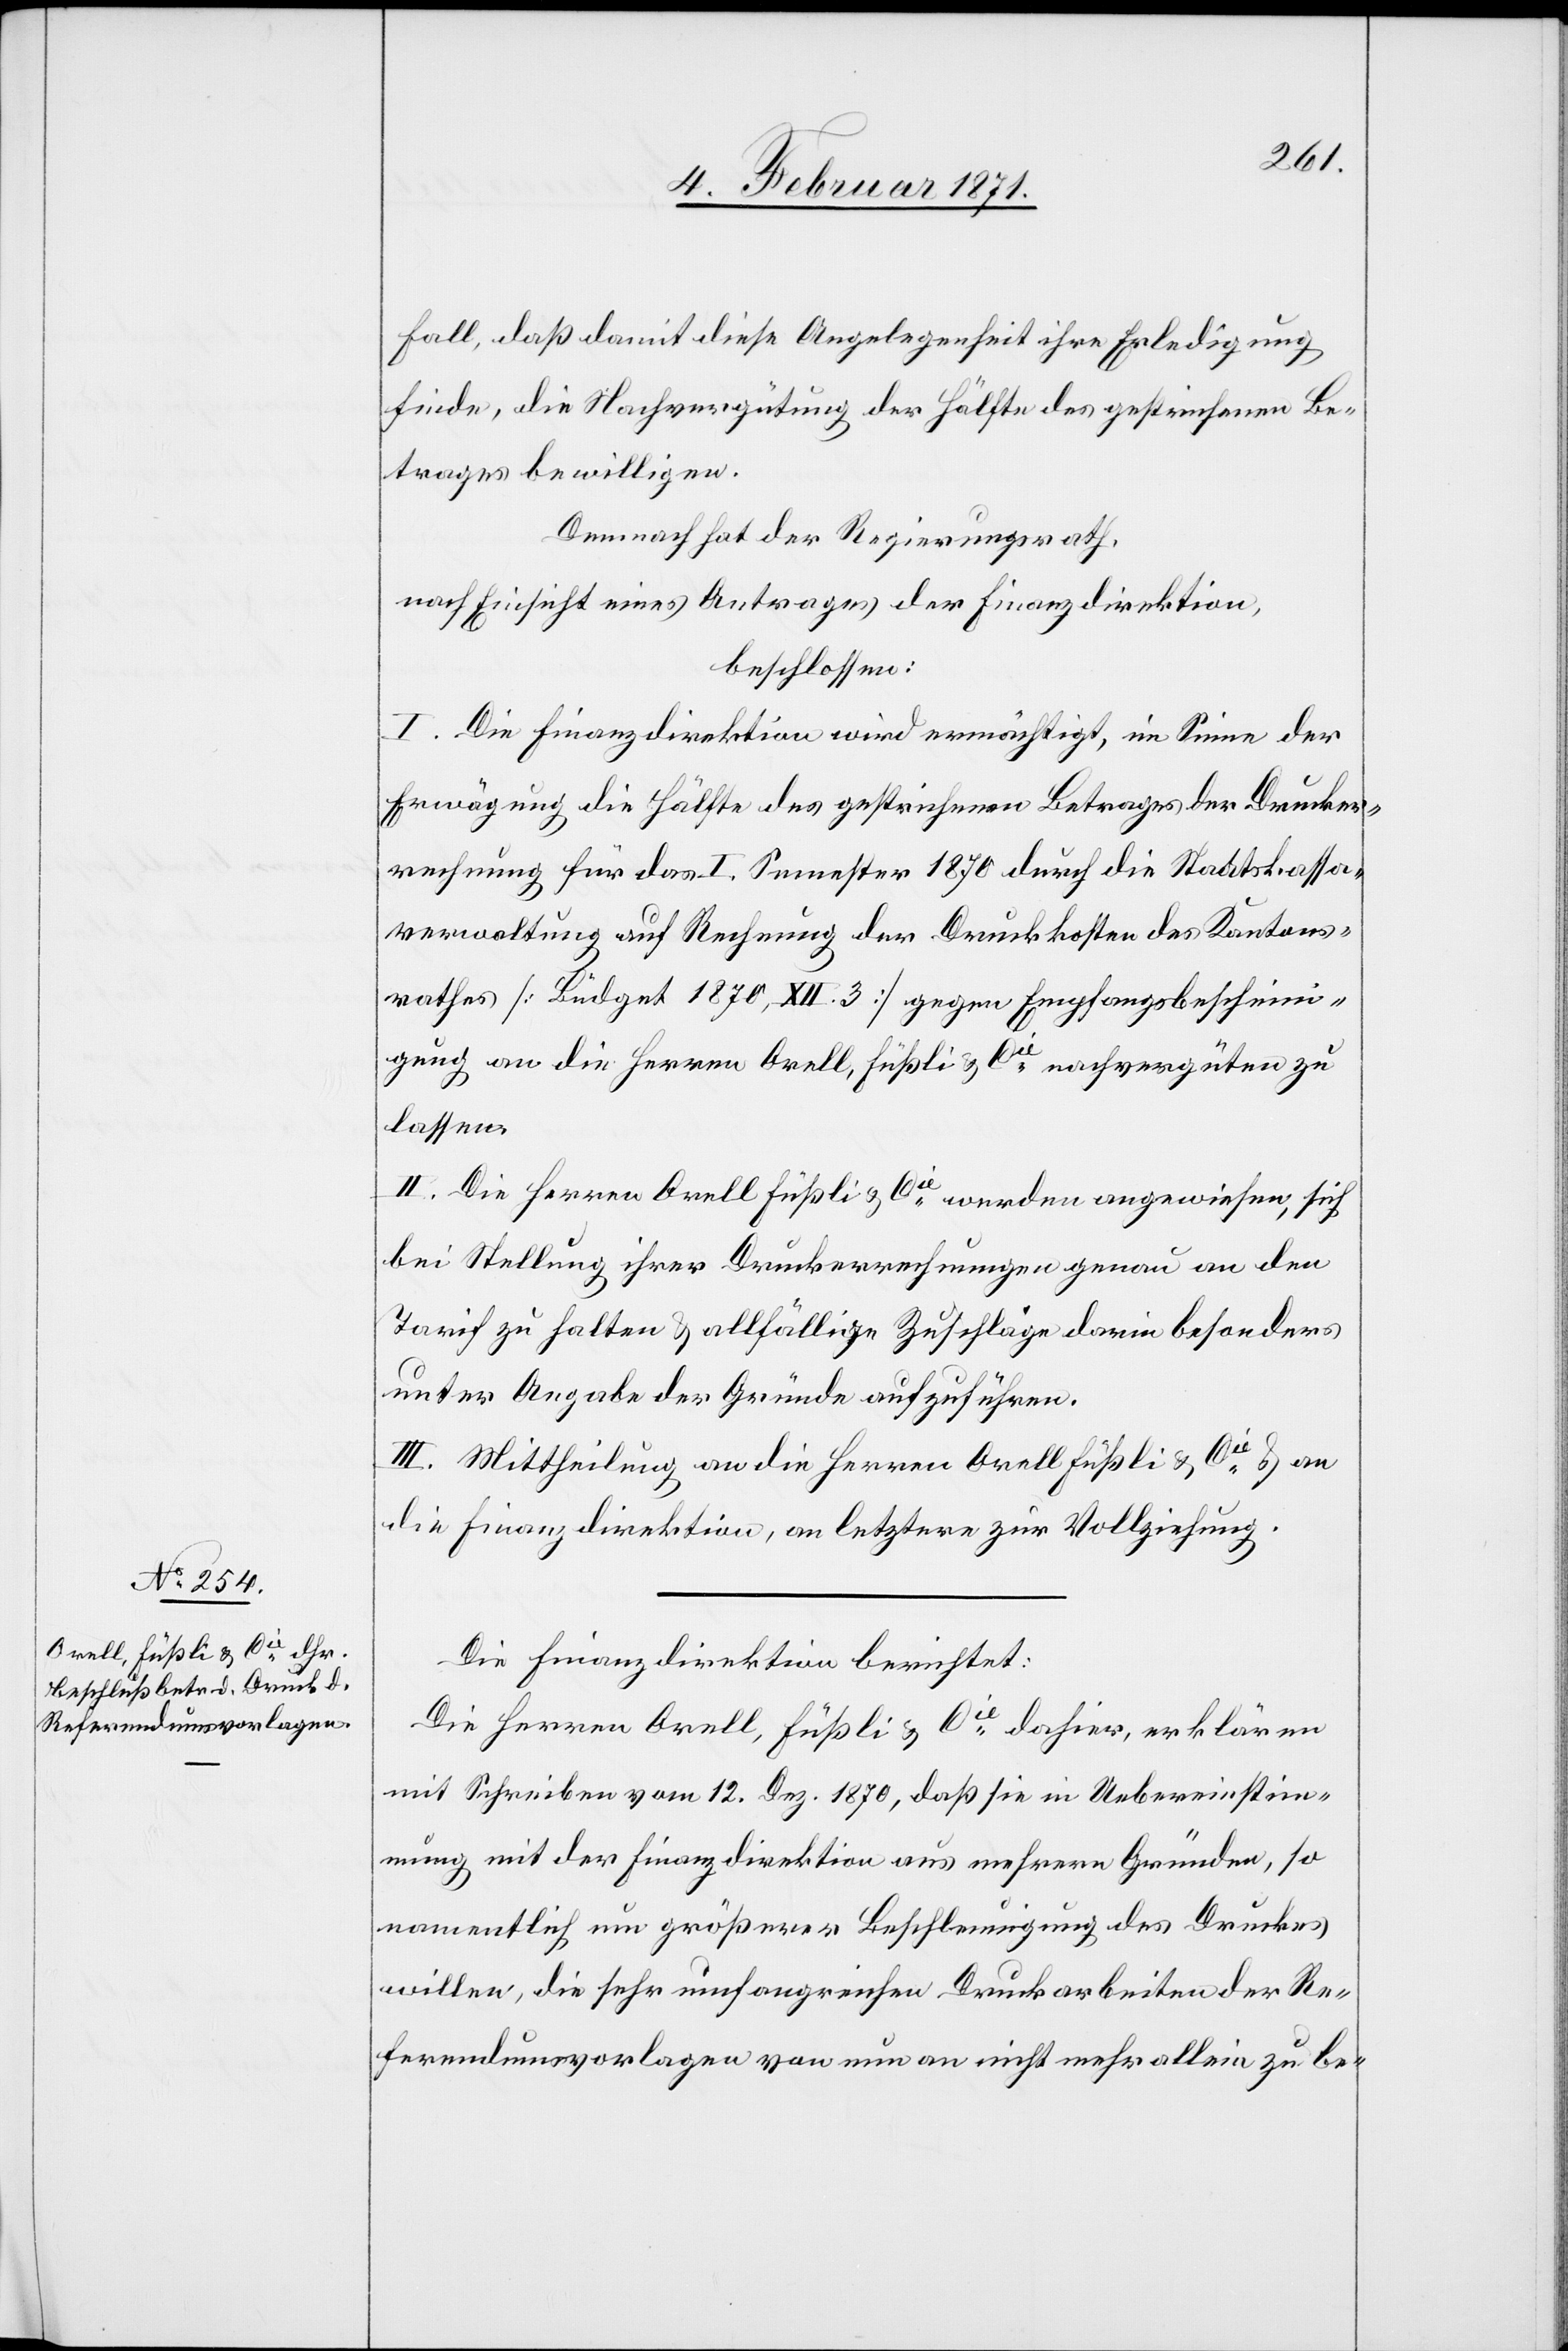
Fall, daß damit diese Angelegenheit ihre Erledigung
finde, die Nachvergütung der Hälfte des gestrichenen Be¬
trages bewilligen.
Demnach hat der Regierungsrath,
nach Einsicht eines Antrages der Finanzdirektion,
beschlossen:
I. Die Finanzdirektion wird ermächtigt, im Sinne der
Erwägung die Hälfte des gestrichenen Betrages der Drucker¬
rechnung für das I. Semester 1870 durch die Staatskassa¬
verwaltung auf Rechnung der Druckkosten des Kantons¬
rathes [Büdget 1870, XII. 3] gegen Empfangsbeschein¬
igung an die Herren Orell, Füßli & Cie. nachvergüten zu
lassen.
II. Die Herren Orell, Füßli & Cie. werden angewiesen, sich
bei Stellung ihrer Druckerrechnungen genau an den
Tarif zu halten u. allfällige Zuschläge darin besonders
unter Angabe der Gründe aufzuführen.
III. Mittheilung an die Herren Orell Füßli & Cie. u. an
die Finanzdirektion, an letztere zur Vollziehung.
Die Finanzdirektion berichtet:
Die Herren Orell, Füßli & Cie. dahier, erklären
mit Schreiben vom 12. Dez. 1870, daß sie in Uebereinstim¬
mung mit der Finanzdirektion aus mehrern Gründen, so
namentlich um größerer Beschleunigung des Druckes
willen, die sehr umfangreichen Druckarbeiten der Re¬
ferendumsvorlagen von nun an nicht mehr allein zu be-